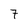
Character: 7